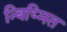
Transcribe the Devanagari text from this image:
न्बिय्मित